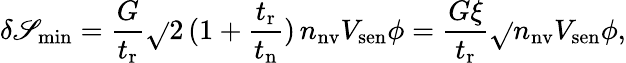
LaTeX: \delta\mathscr{S}_{\mathrm{{min}}}=\frac{{G}}{{t_{\mathrm{{r}}}}}\sqrt{}{{2\, (1+\frac{{t_{\mathrm{{r}}}}}{{t_{\mathrm{{n}}}}})\, n_{\mathrm{{nv}}}V_{\mathrm{{sen}}}\phi}}=\frac{{G\xi}}{{t_{\mathrm{{r}}}}}\sqrt{}{{n_{\mathrm{{nv}}}V_{\mathrm{{sen}}}\phi}},